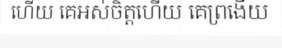
ហើយ គេអស់ចិត្តហើយ គេព្រងើយ